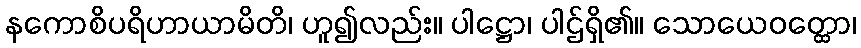
နကောစိပရိဟာယာမိတိ၊ ဟူ၍လည်း။ ပါဋ္ဌော၊ ပါဌ်ရှိ၏။ သောယေဝတ္ထော၊